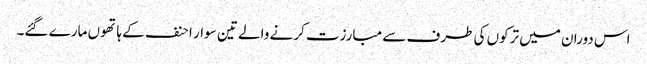
اس دوران میں ترکوں کی طرف سے مبارزت کرنے والے تین سوار احنف کے ہاتھوں مارے گئے۔